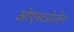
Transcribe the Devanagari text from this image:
ओएस्टरोजेन